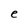
Character: e